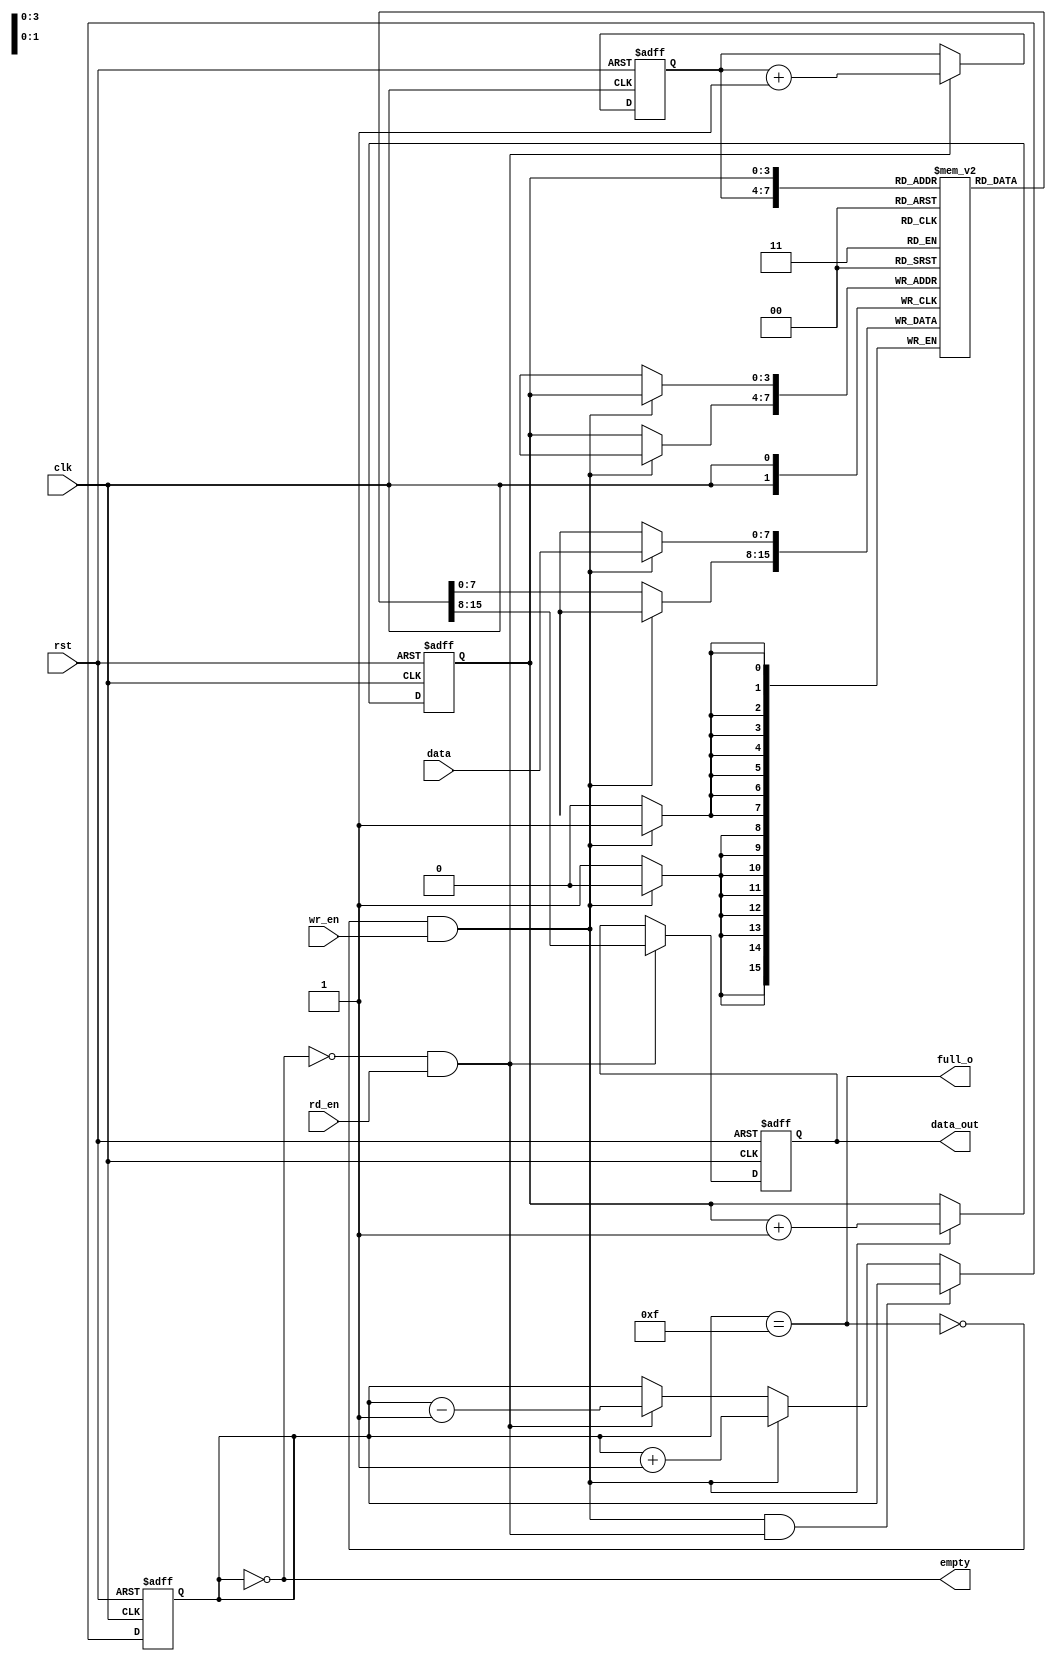
//FIFO Buffer

module FIFO_Buf( clk, rst, data, data_out, wr_en, rd_en, empty, full_o );

	input    		rst, clk, wr_en, rd_en;   		// reset, system clock, write enable and read enable.
	input [7:0]    data;    							// data input to be pushed to buffer               
	
	output[7:0]    data_out;                  	// port to output the data using pop.
	output         empty, full_o;          		// number of data pushed in to buffer   

	reg	[7:0]    buf_out;
	reg            buf_empty, buf_full;
	reg	[3:0]		fifo_counter;
	reg	[3:0]    rd_ptr, wr_ptr; 					// pointer to read and write addresses  
	reg	[7:0]    buf_mem	[0:15];					

	assign empty = buf_empty;
	assign full_o = buf_full;
	assign data_out = buf_out;
	
	always @(fifo_counter)
		begin
			buf_empty = (fifo_counter==0);   		// Checking for whether buffer is empty or not
			buf_full = (fifo_counter== 15);  		//Checking for whether buffer is full or not

		end

	//Setting FIFO counter value for different situations of read and write operations.
	always @(posedge clk or negedge rst)
		begin
			if( !rst )
				fifo_counter <= 0;														// Reset the counter of FIFO

			else if( (!buf_full && wr_en) && ( !buf_empty && rd_en ) )  	//When doing read and write operation simultaneously
				fifo_counter <= fifo_counter;											// At this state, counter value will remain same.

			else if( !buf_full && wr_en )												// When doing only write operation
				fifo_counter <= fifo_counter + 1;
		
			else if( !buf_empty && rd_en )											//When doing only read operation
				fifo_counter <= fifo_counter - 1;

			else
				fifo_counter <= fifo_counter;											// When doing nothing.
		end

	always @( posedge clk or negedge rst)
		begin
			if( !rst )
				buf_out <= 0;															//On reset output of buffer is all 0.
			else
			begin
				if( rd_en && !buf_empty )
					buf_out <= buf_mem[rd_ptr];									//Reading the 8 bit data from buffer location indicated by read pointer

				else
					buf_out <= buf_out;		

			end
		end

	always @(posedge clk)
		begin
			if( wr_en && !buf_full )
				buf_mem[ wr_ptr ] <= data;										//Writing 8 bit data input to buffer location indicated by write pointer

			else
				buf_mem[ wr_ptr ] <= buf_mem[ wr_ptr ];
		end

	always@(posedge clk or negedge rst)
		begin
			if( !rst )
				begin
					wr_ptr <= 0;												// Initializing write pointer
					rd_ptr <= 0;												//Initializing read pointer
				end
			else
				begin
					if( !buf_full && wr_en )    
						wr_ptr <= wr_ptr + 1;								// On write operation, Write pointer points to next location
					else  
						wr_ptr <= wr_ptr;

					if( !buf_empty && rd_en )   
						rd_ptr <= rd_ptr + 1;								// On read operation, read pointer points to next location to be read
					else 
						rd_ptr <= rd_ptr;
				end

		end
endmodule